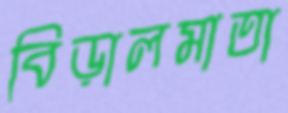
বিড়ালমাতা